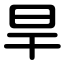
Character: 旱